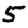
Digit: 5